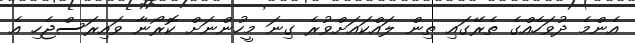
އެންމެ ދުވަހެއްގެ ތެރޭގައި ތިން ލައްކައަށްވުރެ ގިނަ މީހުންނަށް ކޮރޯނާ ވައިރަސްޖެހި އެ